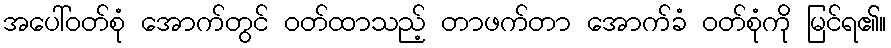
အပေါ်ဝတ်စုံ အောက်တွင် ဝတ်ထာသည့် တာဖက်တာ အောက်ခံ ဝတ်စုံကို မြင်ရ၏။